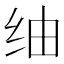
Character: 䌷